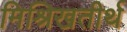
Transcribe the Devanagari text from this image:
मिश्रिखतीर्थ